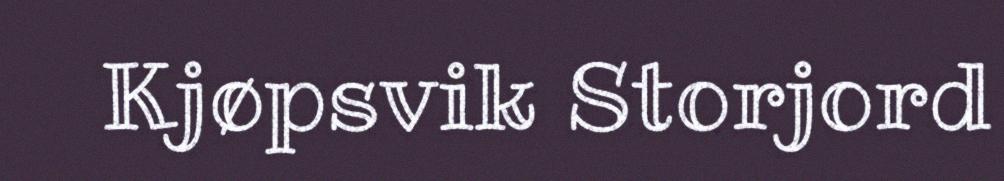
Kjøpsvik Storjord